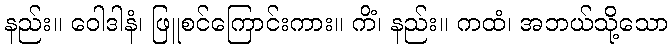
နည်း။ ဝေါဒါနံ၊ ဖြူစင်ကြောင်းကား။ ကိံ၊ နည်း။ ကထံ၊ အဘယ်သို့သော